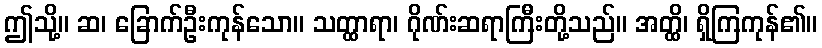
ဤသို့။ ဆ၊ ခြောက်ဦးကုန်သော။ သတ္ထာရာ၊ ဂိုဏ်းဆရာကြီးတို့သည်။ အတ္ထိ၊ ရှိကြကုန်၏။